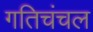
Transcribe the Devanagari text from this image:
गतिचंचल